Tezpur Lunatic Asylum reports 1877-1894 - 1877-1894
Year: 1877
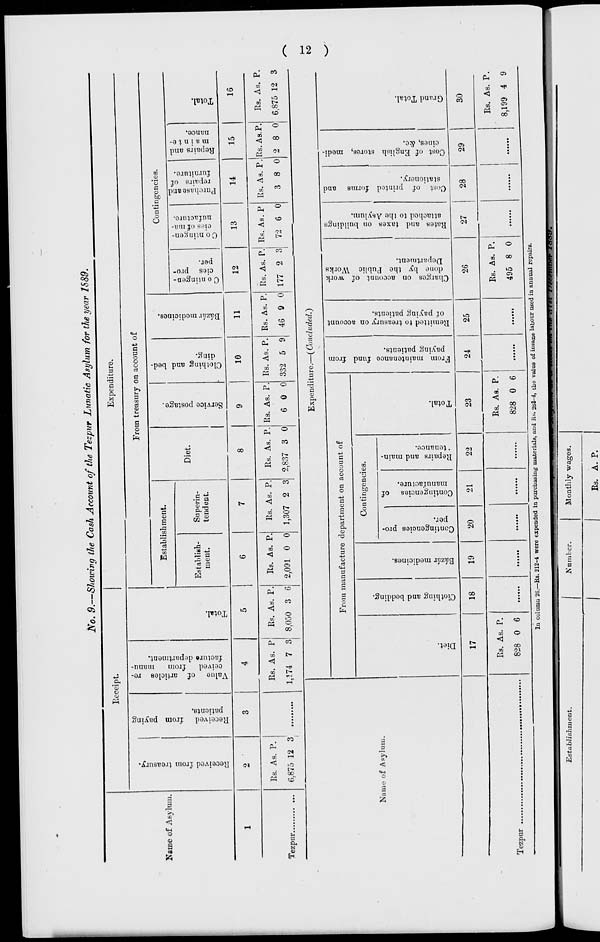
w
§
a
re
P.
5'
B
ID
E
p
S
P
B
g
E
i
P
cr
o
■
i c
c
p
re
•a
H re
N
a
00
to
oo
en
o
l>
CD
a> y
00
to
CO
o
as
W
en
in
>
CO
»
CO
W
(0
CO
CO
t>
*■
CD
^
to
CO
co
to
o
to
to
to
00
tO
tO
On
to
OS
to
—I
to
CO
as
5
CD
>
c
E
p w
"bo en
«3
c< >
>—'
en
k£
F
w
Diet.
Clothing and bedding.
Bazar medicines.
Contingencies pro-
per.
Contingencies of
manufacture.
Repairs and main-
'tenance.
o c
D
0=.
re
re
CD
HS
3
3
r-ti
P
re
re
re
P
re
3
ct-
O
3
P
re
o
o
c
3
\ 2_
Total.
re
3
From maintenance fund from
paying patients.
Remitted to treasury on account
of paying patients.
Q
Charges on account of work
done by the Public Works
Department.
Rates and taxes on buildings
attached to the Asylum.
Cost of printed forms and
stationery.
to
CO
Cost of English stores, medi- I
cines, &c.
00
o
Grand Total.
~J
en
OO
00
©
W
o
>
00
?
OS
to
©
o
o
en
CO
►3
OO
93
©
en
CO
to
OO
hj
to
~00
W
oo
JO
Oo
F
OS
o
CO
oo
oo
to
Ox
CO
CO
03
C5
o
o.
CO
>
en
r
s.
«?
to
oo
*-
Received from treasury.
Received from paying
patients.
re
o
re
Value of articles re-
ceived
from
manu-
facture department.
0»
as
Total.
en
5 P
re ^*
3 St
re
B
M en
P
3
CO
00
5 re'
CO
Service postage.
Clothing and bed-
ding.
Bazar medicines.
1—'
-3
w«
~-l
t>
to
to
CO
OO
r 3
w
■^
to
>
OS
CO
o •t)
pa
oo
t>
£
CO
CO
C ontingen-
cies pro-
per.
C o ntingen-
cies of ma-
nufacture.
to
oo
CO
>
00
OS
"GO
W
-I
CO
o«
•
to
?
Purchase and
repairs of
furniture.
0"
OO
*d
Repairs and
m a i n t e-
nance.
o c
3
(JO.
re
re
CO
Total.
a»
p
n
P
CO
a
o
3
P
re
re
o
3
3
M
►a
re
3
cu
re
"l
I
s
Co
ft ft
s
^
S
a
a
8-
a
Or,
Oo
( ST )